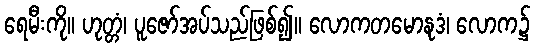
ရေမီးကို။ ဟုတ္တံ၊ ပူဇော်အပ်သည်ဖြစ်၍။ လောကတမောနုဒံ၊ လောက၌